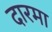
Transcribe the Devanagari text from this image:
दारमा